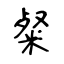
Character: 粲